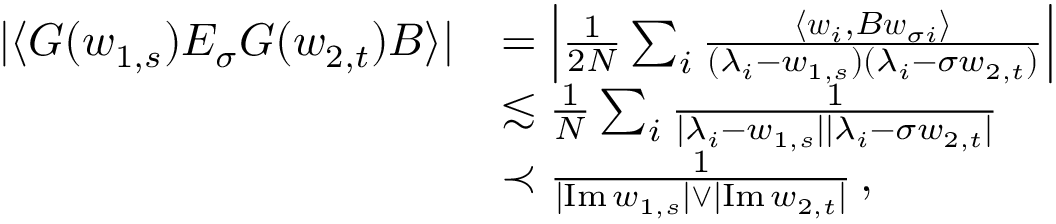
\begin{array} { r l } { | \langle G ( w _ { 1 , s } ) E _ { \sigma } G ( w _ { 2 , t } ) B \rangle | } & { = \left| \frac { 1 } { 2 N } \sum _ { i } \frac { \langle \boldsymbol { w } _ { i } , B \boldsymbol { w } _ { \sigma i } \rangle } { ( \lambda _ { i } - w _ { 1 , s } ) ( \lambda _ { i } - \sigma w _ { 2 , t } ) } \right| } \\ & { \lesssim \frac { 1 } { N } \sum _ { i } \frac { 1 } { | \lambda _ { i } - w _ { 1 , s } | | \lambda _ { i } - \sigma w _ { 2 , t } | } } \\ & { \prec \frac { 1 } { | \mathrm { I m } \, w _ { 1 , s } | \vee | \mathrm { I m } \, w _ { 2 , t } | } \, , } \end{array}